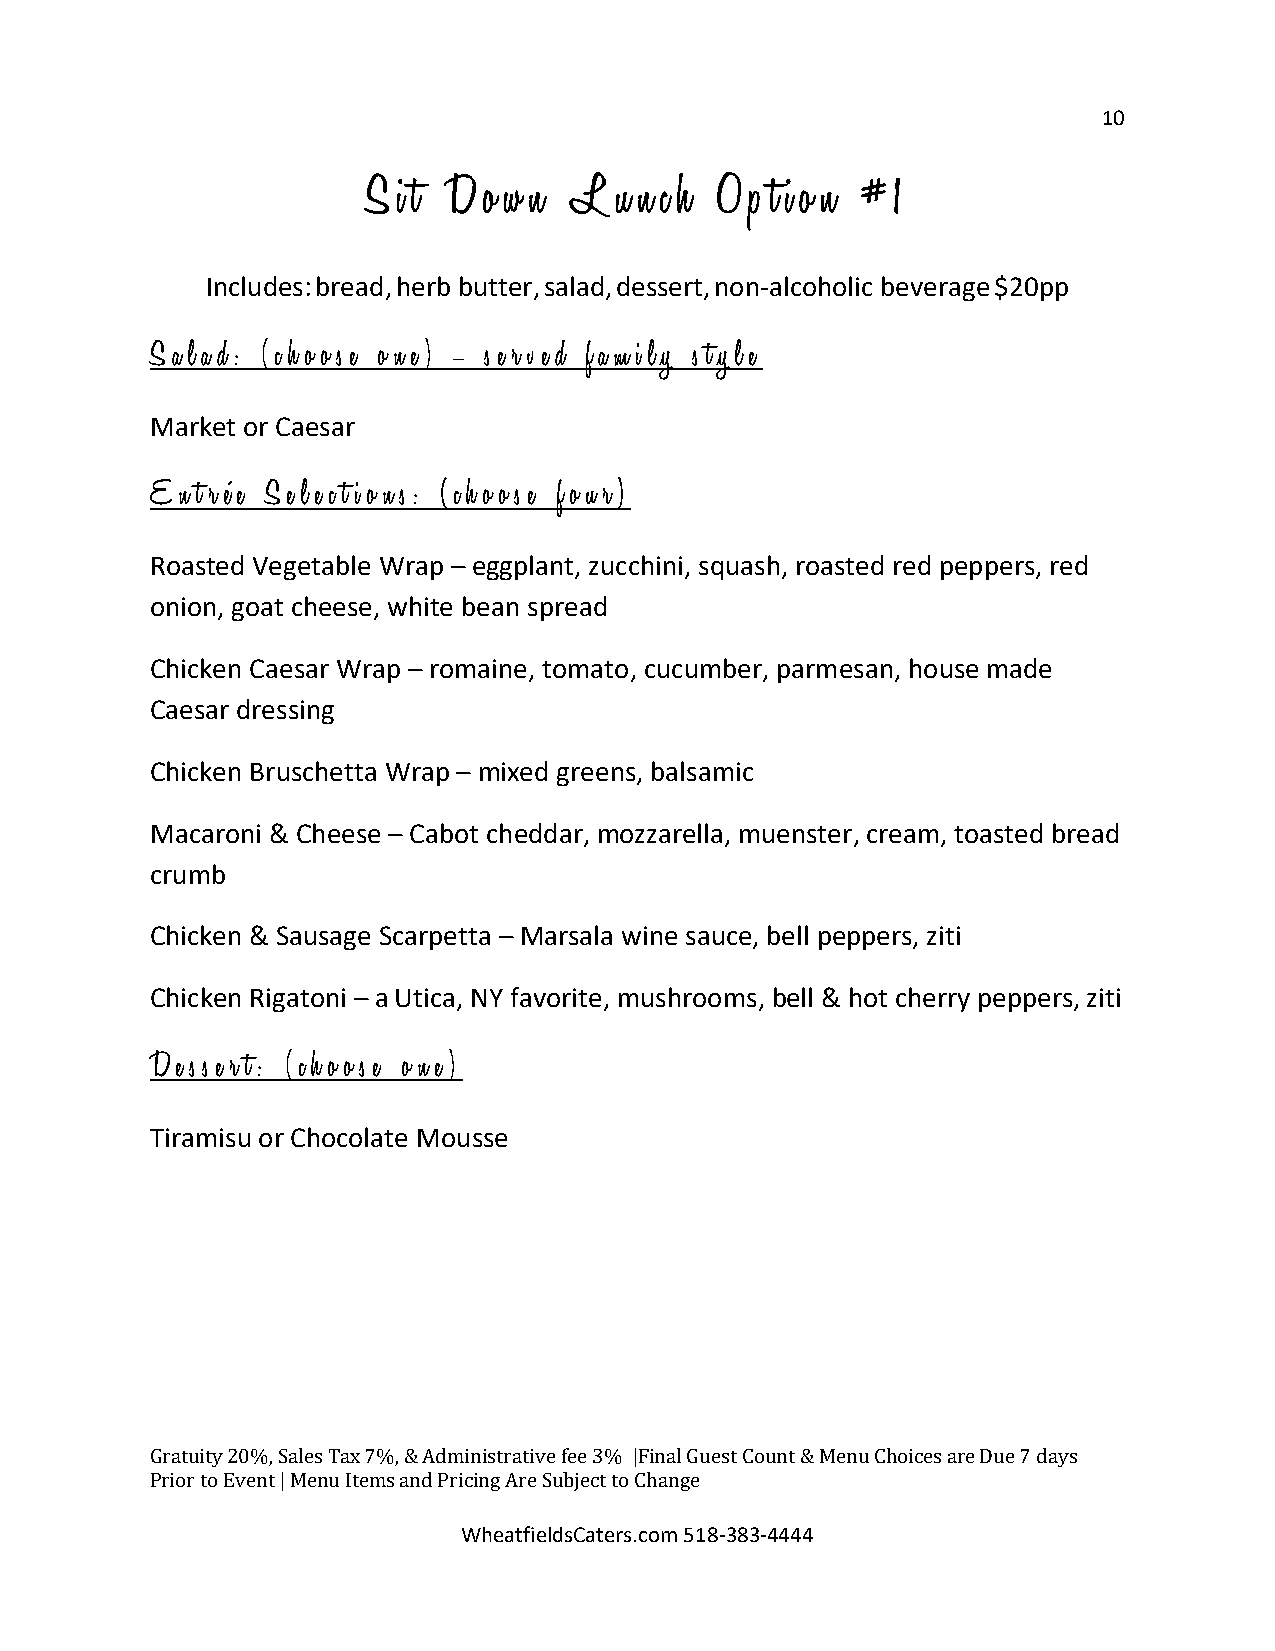
10
 S i t D o w n L  u n c h O p t i o n # 1
 Includes:bread,herb butter,salad,dessert,non-alcoholic beverage$20pp
 S a l a d : ( c h o o s e o n e ) – s e r v e d f a m i l y s t y l e
 Market or Caesar
 E n t r é e S e l e c t i o n s : ( c h o o s e f o u r )
 Roasted Vegetable Wrap – eggplant, zucchini, squash, roasted red peppers, red
 onion, goat cheese, white bean spread
 Chicken Caesar Wrap – romaine, tomato, cucumber, parmesan, house made
 Caesar dressing
 Chicken Bruschetta Wrap – mixed greens, balsamic
 Macaroni & Cheese – Cabot cheddar, mozzarella, muenster, cream, toasted bread
 crumb
 Chicken & Sausage Scarpetta – Marsala wine sauce, bell peppers, ziti
 Chicken Rigatoni – a Utica, NY favorite, mushrooms, bell & hot cherry peppers, ziti
 D e s s e r t : ( c h o o s e o n e )
 Tiramisu or Chocolate Mousse
 G ratuity 20%, Sales Tax 7%, & Administrative fee 3% |Final Guest Count & Menu Choices are Due 7 days
 Prior to Event | Menu Items and Pri Wcin hg
 e
 aA tr fe
 ie
 S ldub sCje ac tt
 e
 t ro
 s
 .C ch oa mn g 5e
 1 8 -383-4444